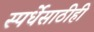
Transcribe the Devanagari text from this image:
स्पर्धेसाठीही